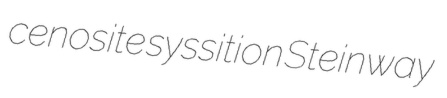
cenosite syssition Steinway